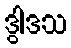
ဒွါဒသ